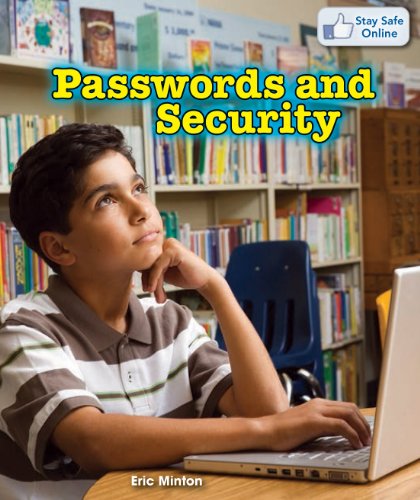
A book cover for Passwords and Security (Stay Safe Online); Eric Minton; Children's Books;